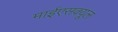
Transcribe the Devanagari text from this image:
माईएसक्यूल